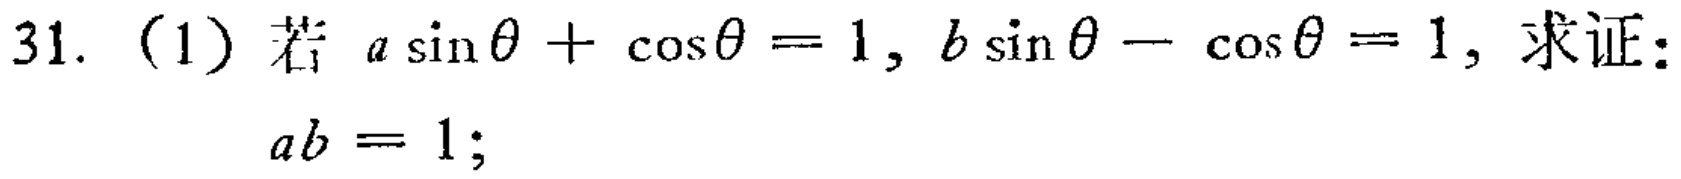
31. (1) 若 \(a\sin\theta+\cos\theta = 1\), \(b\sin\theta-\cos\theta = 1\), 求证：
\(ab = 1\);